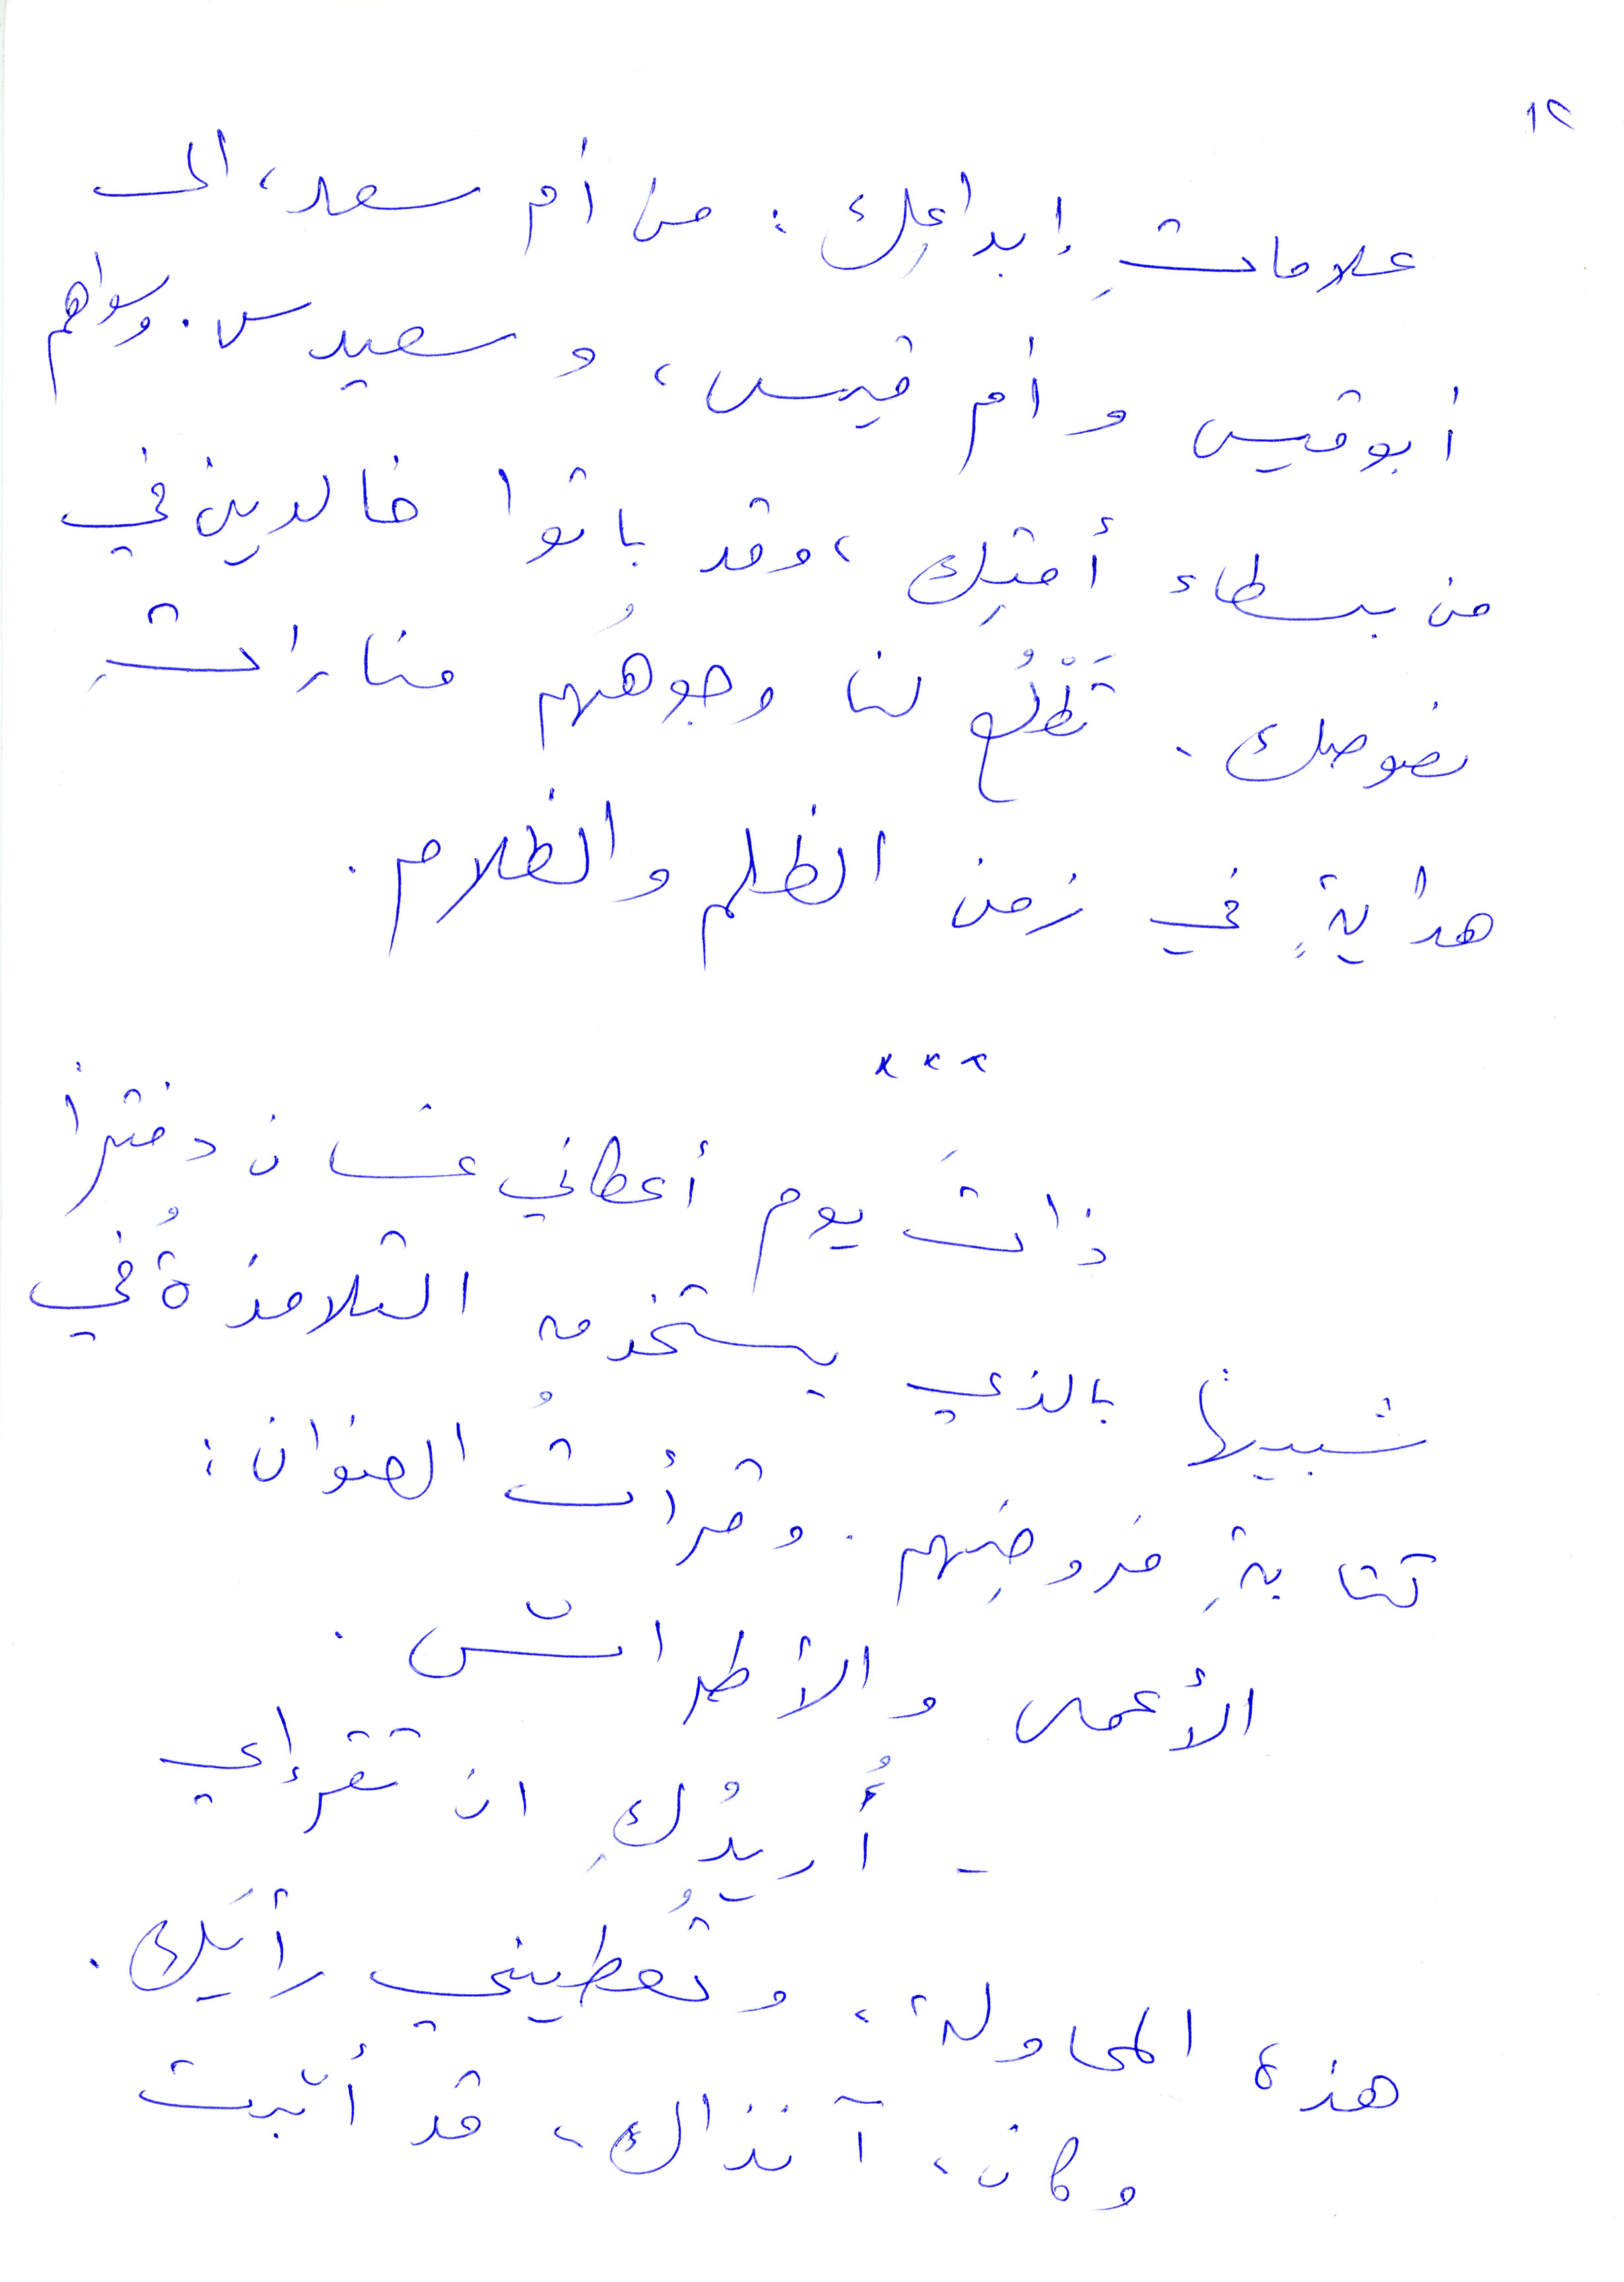
علامات ابداعِك: من أم سعد، الى
أبو قيس وأم قيس، وسعيد. وسواهم
من بسطاء أمتك، وقد باتوا خالدين في
نصوصك. تطّلع لنا وجوههم منارات
هداية في زمن الظلم والظلام.
ذات يوم أعطاني غسان دفترًا
شبيهًا بالذي يستخدمه التلامذة في
متابة فروضهم. وقرأت العنوان:
الأعمي والأطراش.
أريدُكِ أن تقرإي
هذه المحاولة، وتعطيني رأيك.
وكان، آنذاك، قد أبّرت